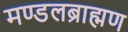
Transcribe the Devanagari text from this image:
मण्डलब्राह्मण